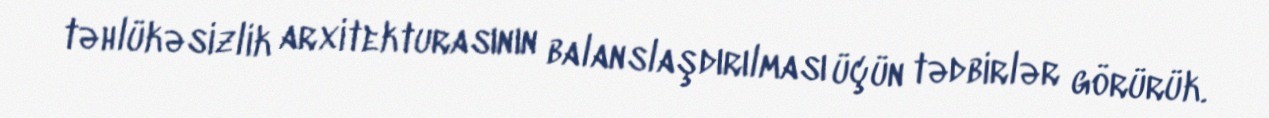
təhlükəsizlik arxitekturasının balanslaşdırılması üçün tədbirlər görürük.